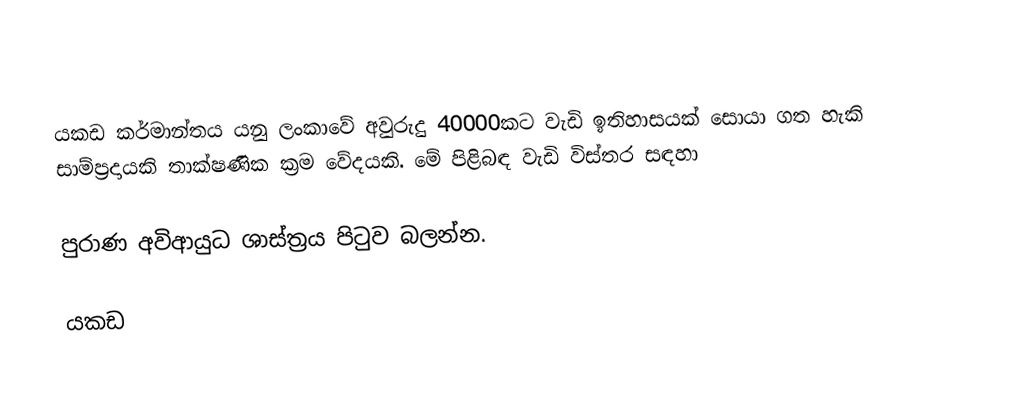
යකඩ කර්මාන්තය යනු ලංකාවේ අවුරුදු 40000කට වැඩි ඉතිහාසයක් සොයා ගත හැකි සාම්ප්‍රදායකි තාක්ෂණික ක්‍රම වේදයකි. මේ පිළිබඳ වැඩි විස්තර සඳහා

පුරාණ අවිආයුධ ශාස්ත්‍රය පිටුව බලන්න.

යකඩ